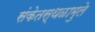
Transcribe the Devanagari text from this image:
संकेतस्थळामुले